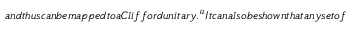
a n d t h u s c a n b e m a p p e d t o a C l i f f o r d u n i t a r y . \footnote { M o r e a c c u r a t e l y , t h e s e t o f s y m p l e t i c a u t o m o r p h i s m s i s i s o m o r p h i c t o t h e C l i f f o r d g r o u p q u o t i e n t t h e P a u l i g r o u p , a n d w e a r e a r b i t r a r i l y u s i n g c a n o n i c a l p o s i t i v i t y o f t h e e l e m e n t s a s a m e a n s o f s e l e c t a n e l e m e n t f r o m e a c h e q u i v a l e n c e c l a s s o f t h e q u o t i e n t g r o u p . } I t c a n a l s o b e s h o w n t h a t a n y s e t o f